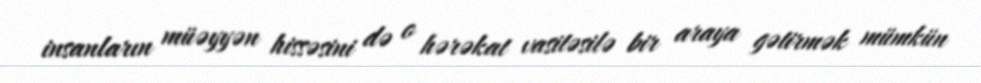
insanların müəyyən hissəsini də o hərəkat vasitəsilə bir araya gətirmək mümkün